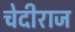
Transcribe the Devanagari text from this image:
चेदीराज